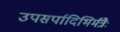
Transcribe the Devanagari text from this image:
उपसर्पादिभिर्मंत्रैः